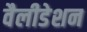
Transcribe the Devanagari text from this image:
वैलीडेशन